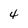
Character: 4